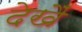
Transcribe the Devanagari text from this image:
देखैं